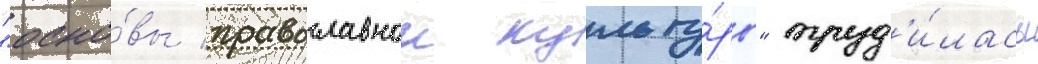
"осно́вы православнои культу́ры" труд'и́лась